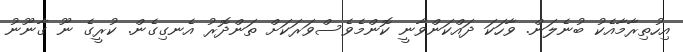
އިހުތިރާމާއެކު ބުނެލަން. ވާހަކަ ދައްކަންވާނީ ކޮންމެވެސްވަރަކަށް ތަންދޮރު އެނގިގެން. ކުރީގެ ނޫ ގާނޫނު